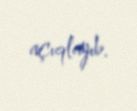
açıqlayıb.